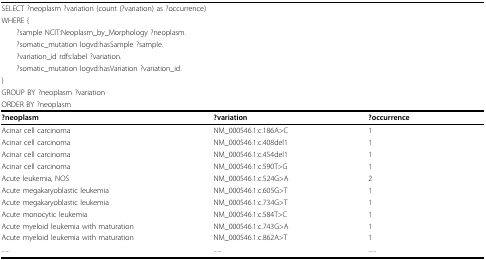
<table><thead><tr><td colspan="3"><b>SELECT ?neoplasm ?variation (count (?variation) as ?occurrence)</b></td></tr><tr><td colspan="3"><b>WHERE {</b></td></tr><tr><td colspan="3"><b> ?sample NCIT:Neoplasm_by_Morphology ?neoplasm.</b></td></tr><tr><td colspan="3"><b> ?somatic_mutation logvd:hasSample ?sample.</b></td></tr><tr><td colspan="3"><b> ?variation_id rdfs:label ?variation.</b></td></tr><tr><td colspan="3"><b> ?somatic_mutation logvd:hasVariation ?variation_id.</b></td></tr><tr><td colspan="3"><b>}</b></td></tr><tr><td colspan="3"><b>GROUP BY ?neoplasm ?variation</b></td></tr><tr><td colspan="3"><b>ORDER BY ?neoplasm</b></td></tr></thead><tbody><tr><td><b>?neoplasm</b></td><td><b>?variation</b></td><td><b>?occurrence</b></td></tr><tr><td>Acinar cell carcinoma</td><td>NM_000546.1:c.186A&gt;C</td><td>1</td></tr><tr><td>Acinar cell carcinoma</td><td>NM_000546.1:c.408del1</td><td>1</td></tr><tr><td>Acinar cell carcinoma</td><td>NM_000546.1:c.454del1</td><td>1</td></tr><tr><td>Acinar cell carcinoma</td><td>NM_000546.1:c.590T&gt;G</td><td>1</td></tr><tr><td>Acute leukemia, NOS</td><td>NM_000546.1:c.524G&gt;A</td><td>2</td></tr><tr><td>Acute megakaryoblastic leukemia</td><td>NM_000546.1:c.605G&gt;T</td><td>1</td></tr><tr><td>Acute megakaryoblastic leukemia</td><td>NM_000546.1:c.734G&gt;T</td><td>1</td></tr><tr><td>Acute monocytic leukemia</td><td>NM_000546.1:c.584T&gt;C</td><td>1</td></tr><tr><td>Acute myeloid leukemia with maturation</td><td>NM_000546.1:c.743G&gt;A</td><td>1</td></tr><tr><td>Acute myeloid leukemia with maturation</td><td>NM_000546.1:c.862A&gt;T</td><td>1</td></tr><tr><td>......</td><td>......</td><td>......</td></tr></tbody></table>